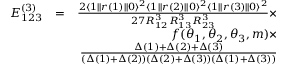
\begin{array} { r l r } { E _ { 1 2 3 } ^ { ( 3 ) } } & { = } & { \frac { 2 \langle 1 | | r ( 1 ) | | 0 \rangle ^ { 2 } \langle 1 | | r ( 2 ) | | 0 \rangle ^ { 2 } \langle 1 | | r ( 3 ) | | 0 \rangle ^ { 2 } } { 2 7 R _ { 1 2 } ^ { 3 } R _ { 1 3 } ^ { 3 } R _ { 2 3 } ^ { 3 } } \times } \\ & { } & { f ( \theta _ { 1 } , \theta _ { 2 } , \theta _ { 3 } , m ) \times } \\ & { } & { \frac { \Delta ( 1 ) + \Delta ( 2 ) + \Delta ( 3 ) } { ( \Delta ( 1 ) + \Delta ( 2 ) ) ( \Delta ( 2 ) + \Delta ( 3 ) ) ( \Delta ( 1 ) + \Delta ( 3 ) ) } } \end{array}